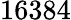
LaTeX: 16384